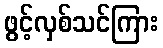
ဖွင့်လှစ်သင်ကြား